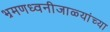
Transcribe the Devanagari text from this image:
भ्रमणध्वनीजाळ्यांच्या